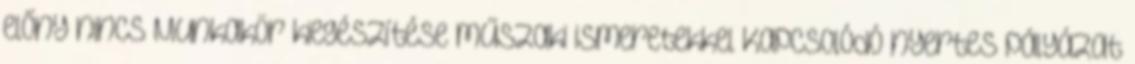
előny nincs Munkakör kiegészítése műszaki ismeretekkel Kapcsolódó nyertes pályázat